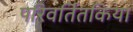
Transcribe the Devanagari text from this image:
परिवर्तितकिया